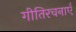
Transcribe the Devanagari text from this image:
गीतिरचनाएँ